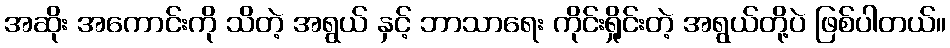
အဆိုး အကောင်းကို သိတဲ့ အရွယ် နှင့် ဘာသာရေး ကိုင်းရှိုင်းတဲ့ အရွယ်တို့ပဲ ဖြစ်ပါတယ်။